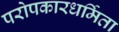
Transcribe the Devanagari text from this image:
परोपकारधर्मिता